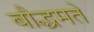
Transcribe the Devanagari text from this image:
बौद्धमते